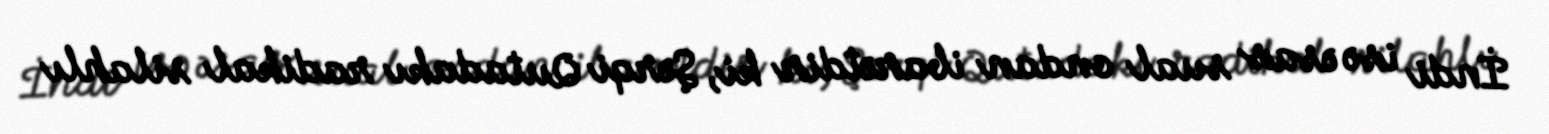
İndi isə əsas sual ondan ibarətdir ki, Şərqi Qutadakı radikal silahlı